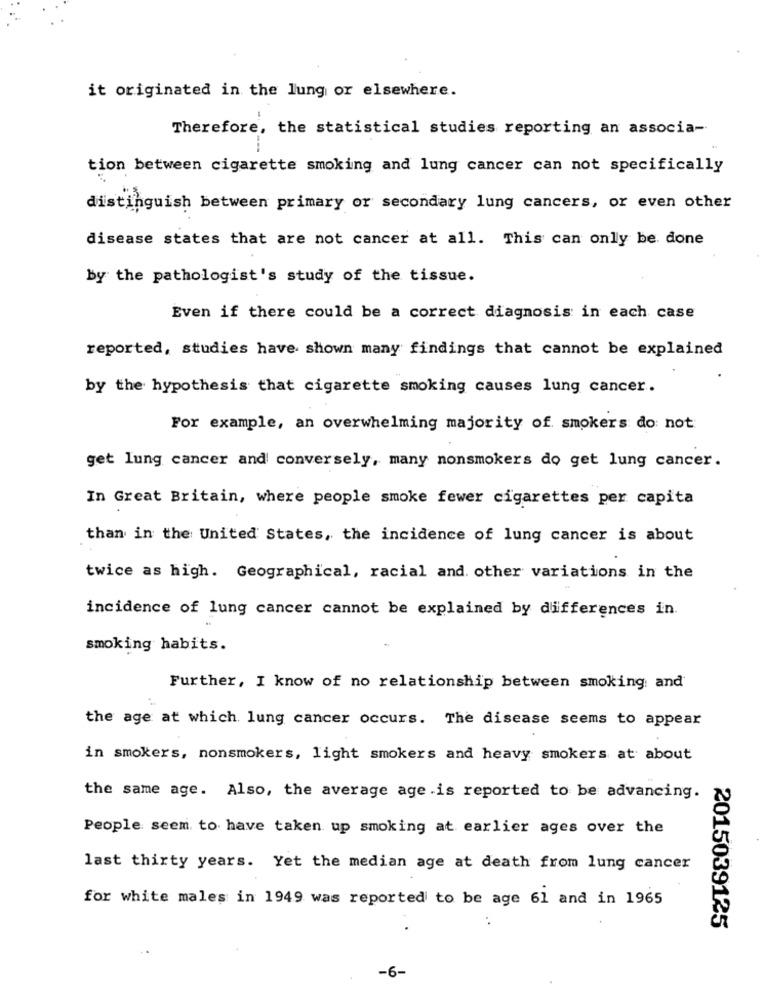
it originated in the lung or elsewhere.
Therefore, the statistical studies reporting an associa-
tion between cigarette smoking and lung cancer can not specifically
distinguish between primary or secondary lung cancers, or even other
disease states that are not cancer at all. This can only be done
by the pathologist's study of the tissue.
Even if there could be a correct diagnosis in each case
reported, studies have shown many findings that cannot be explained
by the hypothesis that cigarette smoking causes lung cancer.
For example, an overwhelming majority of smokers do not
get lung cancer and conversely, many nonsmokers do get lung cancer.
In Great Britain, where people smoke fewer cigarettes per capita
than in the United States, the incidence of lung cancer is about
twice as high. Geographical, racial and other variations in the
incidence of lung cancer cannot be explained by differences in.
smoking habits.
Further, I know of no relationship between smoking and
the age at which lung cancer occurs. The disease seems to appear
in smokers, nonsmokers, light smokers and heavy smokers at about
the same age. Also, the average age .is reported to be advancing.
People seem to have taken up smoking at earlier ages over the
last thirty years. Yet the median age at death from lung cancer
for white males in 1949 was reported to be age 61 and in 1965
2015039125
-6-